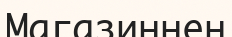
Магазиннен